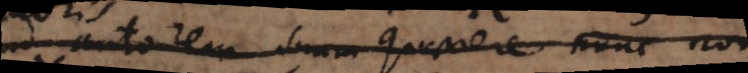
autorem suum quaerere nunc non